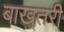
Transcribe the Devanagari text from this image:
बाख़्तरी